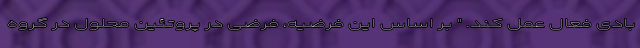
بادی فعال عمل کند. " بر اساس این فرضیه، فرضی در پروتئین محلول در گروه